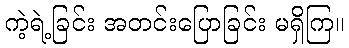
ကဲ့ရဲ့ခြင်း အတင်းပြောခြင်း မရှိကြ။